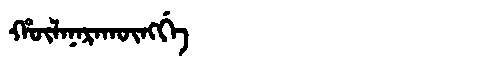
Manchu: ᡥᡡᠯᠠᠨᠠᡵᠠᡴᡡᠩᡤᡝ
Romanization: HŪLANARAKŪNGGE